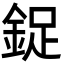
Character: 鋜